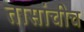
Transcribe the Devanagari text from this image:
तासांचीच